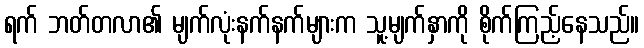
ရက် ဘတ်တလာ၏ မျက်လုံးနက်နက်များက သူ့မျက်နှာကို စိုက်ကြည့်နေသည်။